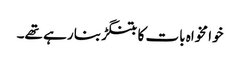
خوا مخواہ بات کا بتنگڑ بنا رہے تھے۔